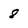
Character: 8